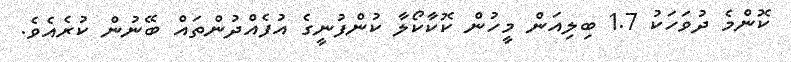
ކޮންމެ ދުވަހަކު 1.7 ބިލިއަން މީހުން ކޮކާކޯލާ ކުންފުނީގެ އުފެއްދުންތައް ބޭނުން ކުރެއެވެ.